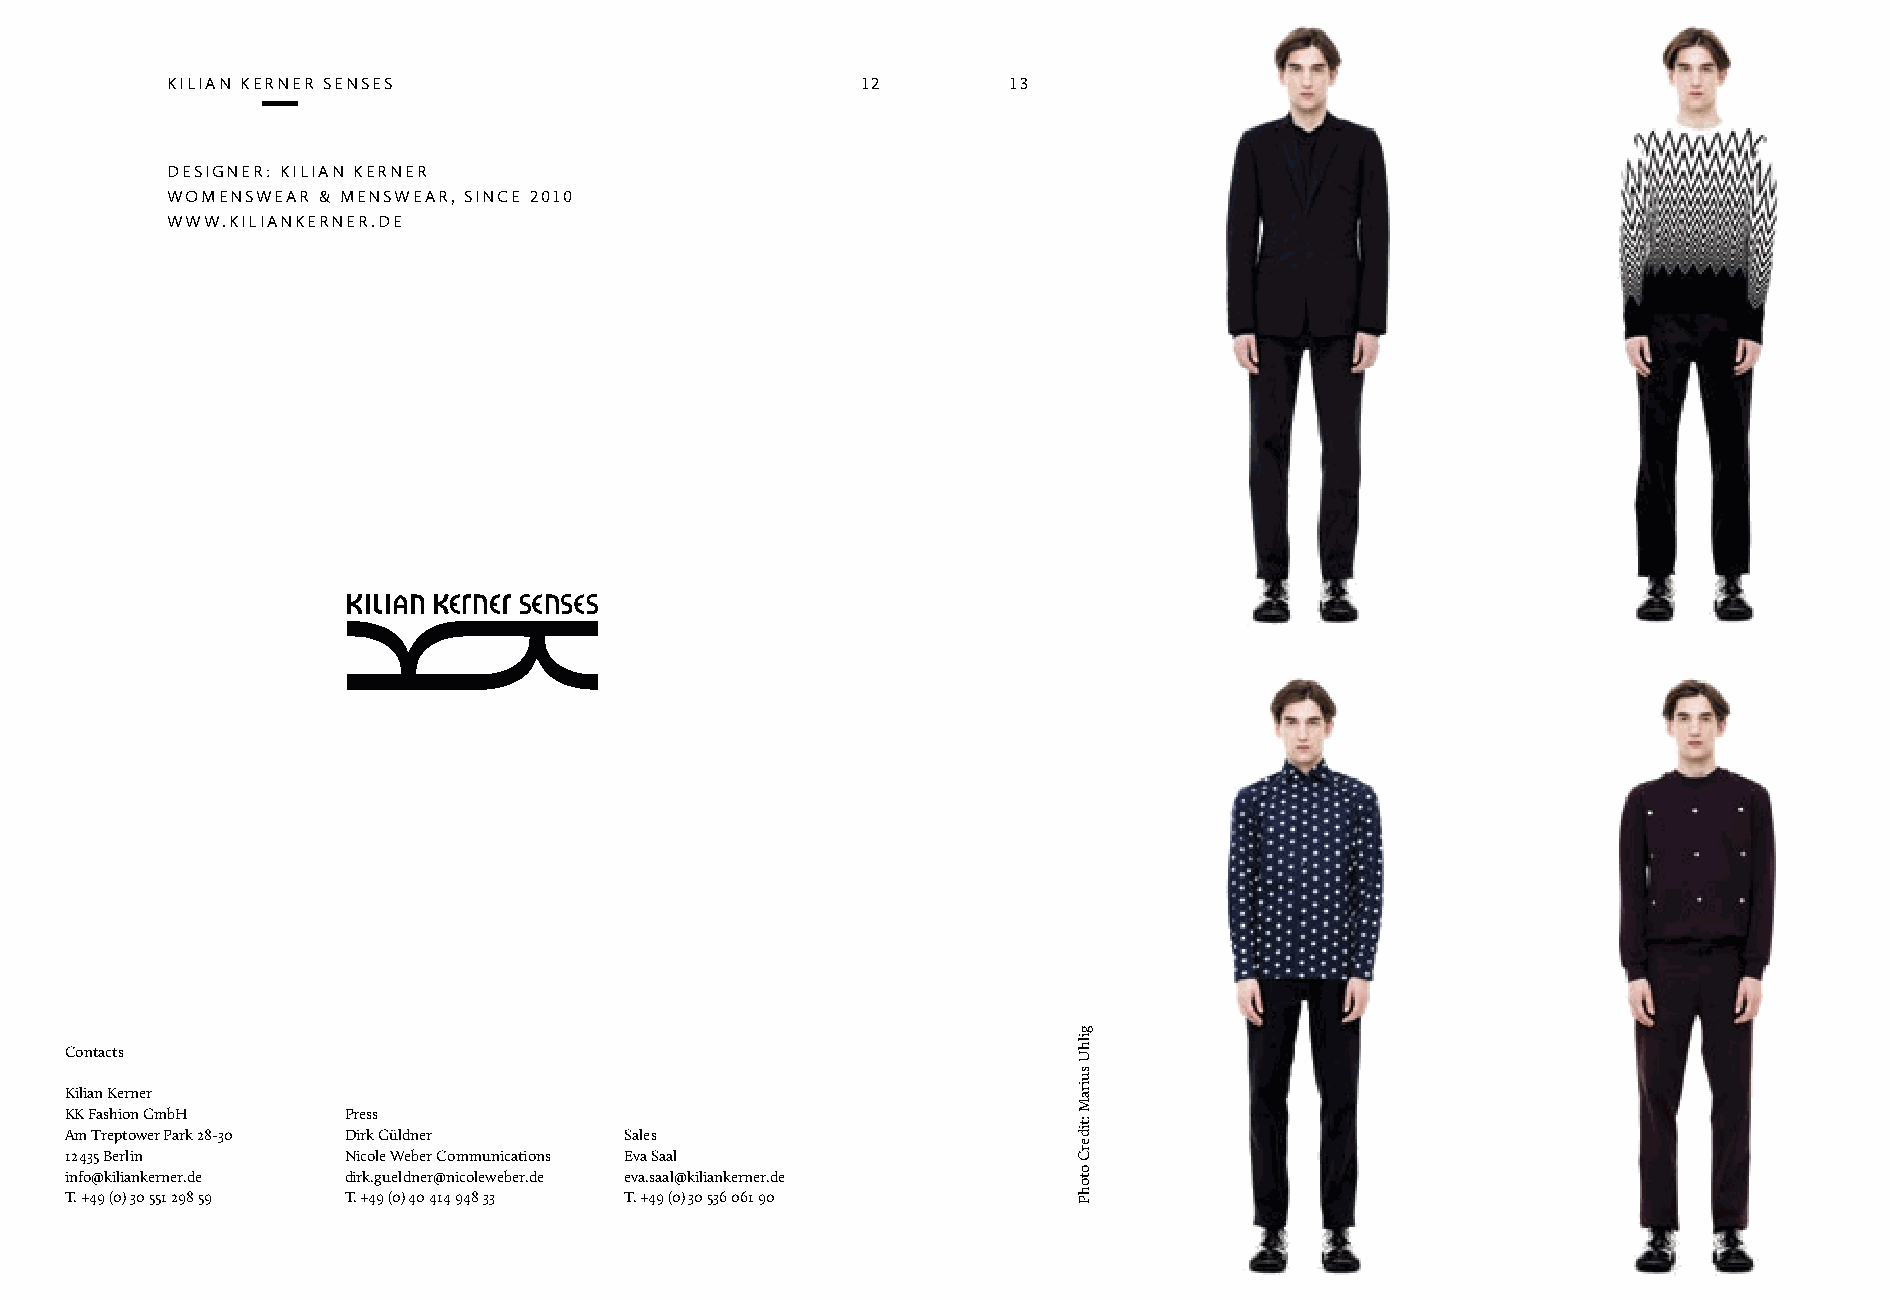
kilian kerner senses                          12        13
 designer: kilian kerner
 woMenswear & Menswear, since 2010
 www.kiliankerner.de
 Contacts
 Kilian Kerner
 KK Fashion GmbH    Press
 Am Treptower Park 28-30 Dirk Güldner Sales
 12 435 Berlin      Nicole Weber Communications Eva Saal
 info@kiliankerner.de dirk.gueldner@nicoleweber.de eva.saal@kiliankerner.de
 T. +49 (0) 30 551 298 59 T. +49 (0) 40 414 948 33 T. +49 (0) 30 536 061 90
 gilhU
 suiraM
 :tiderC
 otohP